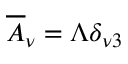
\overline { { { A } } } _ { \nu } = \Lambda \delta _ { \nu 3 }